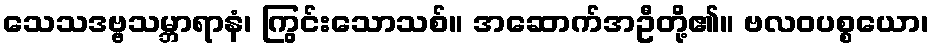
သေသဒဗ္ဗသမ္ဘာရာနံ၊ ကြွင်းသောသစ်။ အဆောက်အဦတို့၏။ ဗလဝပစ္စယော၊